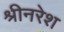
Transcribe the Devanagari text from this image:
श्रीनरेश